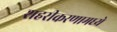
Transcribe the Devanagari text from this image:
शहरीकरणामध्ये